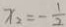
x _ { 2 } = - \frac { 1 } { 2 }